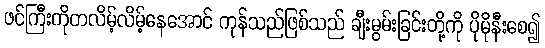
ဖင်ကြီးကိုတလိမ့်လိမ့်နေအောင် ကုန်သည်ဖြစ်သည် ချီးမွမ်းခြင်းတို့ကို ပိုမိုနီးစေ၍